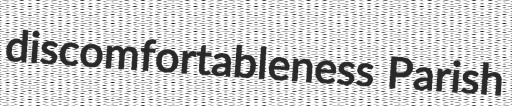
discomfortableness Parish